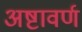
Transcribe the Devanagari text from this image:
अष्टावर्ण